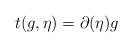
LaTeX: \begin{align*} t(g,\eta) = \partial(\eta)g \end{align*}